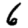
Digit: 6